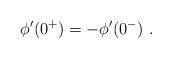
LaTeX: \begin{align*} \phi^\prime(0^+)=-\phi^\prime(0^-)~.\end{align*}